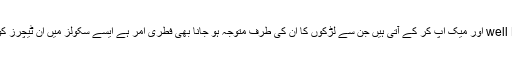
کیوں کہ پرایؤیٹ سکولز کی ٹیچرز well Dress اور میک اپ کر کے آتی ہیں جن سے لڑکوں کا ان کی طرف متوجہ ہو جانا بھی فطری امر ہے ایسے سکولز میں ان ٹیچرز کو ذومعنی جملوں کا بھی سامنا کرنا پڑتا ہے۔